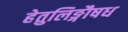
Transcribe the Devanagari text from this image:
हेतुलिङ्गौषध